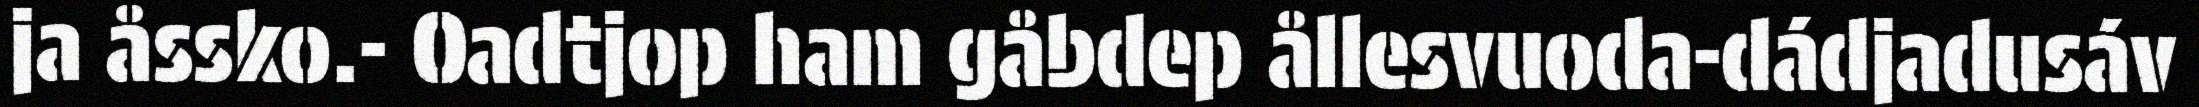
ja åssko.- Oadtjop ham gåbdep ållesvuoda-dádjadusáv